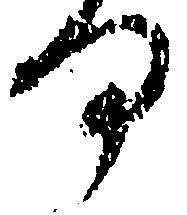
何